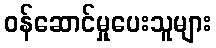
ဝန်ဆောင်မှုပေးသူများ